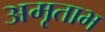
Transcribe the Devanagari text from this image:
अमृताभ